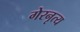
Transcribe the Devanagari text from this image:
गेरनृत्य